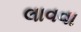
લાવવા